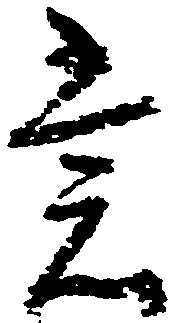
裳